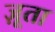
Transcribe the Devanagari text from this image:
ज़ूता